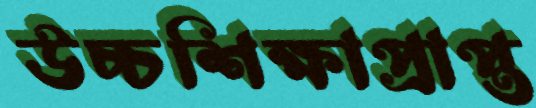
উচ্চশিক্ষাপ্রাপ্ত